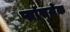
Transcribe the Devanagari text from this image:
प्लाॅस्ज़ेक